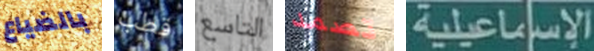
بالضياع قطب التاسع تصمد الإسماعيلية